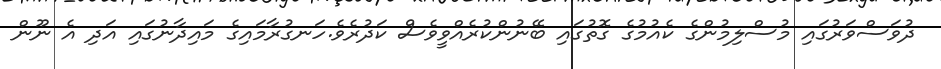
ދުވަސްވަރުގައި މުސްލިމުންގެ ކެއުމުގެ ގޮތުގައި ބޭނުންކުރެއްވީވެސް ކަދުރެވެ.ހަނގުރާމައިގެ މައިދާނުގައި އަދި އެ ނޫން